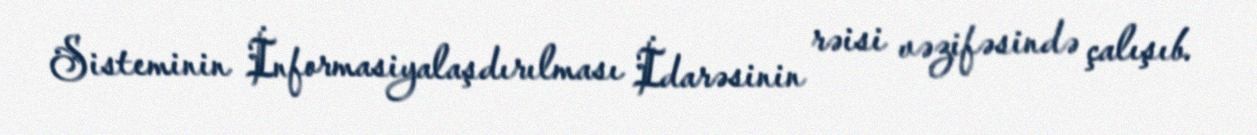
Sisteminin İnformasiyalaşdırılması İdarəsinin rəisi vəzifəsində çalışıb.